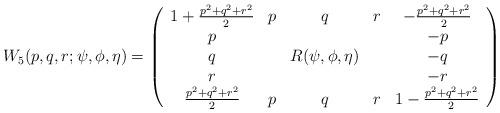
LaTeX: \begin{align*}W_5(p,q,r; \psi, \phi, \eta) = \left( \begin{array}{ccccc}1+ \frac{p^2 + q^2 + r^2}{2} & p & q & r & -\frac{p^2 + q^2 + r^2}{2} \\p & & & & -p \\q & &R(\psi, \phi, \eta) & & -q \\r & & & & -r \\ \frac{p^2 + q^2 + r^2}{2} & p & q & r & 1 -\frac{p^2 + q^2 + r^2}{2} \end{array}\right)\end{align*}